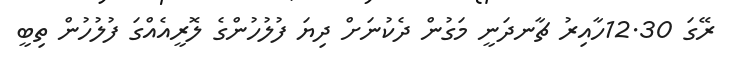
ރޭގަ 12.30ހާއިރު ޗާނދަނީ މަގުން ދެކުނަށް ދިޔަ ފުލުހުންގެ ލޮރީއެއްގަ ފުލުހުން ތިބީ